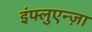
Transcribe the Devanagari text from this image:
इंफ्लुएन्ज़ा